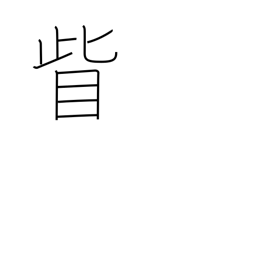
Meaning: outside the corner of the eye